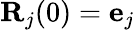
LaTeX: {\mathbf R}_{j}(0)={\mathbf e}_{j}